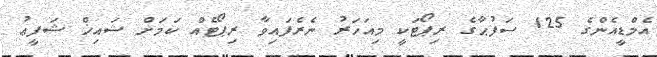
އެމްޑީއެންގެ 125 ސަފުޙާގެ ރިޕޯޓަކީ މިއަހަރު ނެރެފައިވާ ރިޕޯޓެއް ކަމަށް ޝައިޚް ޝަފީޢު